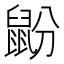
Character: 鼢